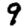
Digit: 9